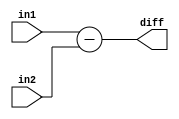
module DW01_sub_oper(in1,in2,diff);
  parameter wordlength = 8;

  input [wordlength-1:0] in1,in2;
  output [wordlength-1:0] diff;
 
  assign  diff = in1 - in2;
endmodule